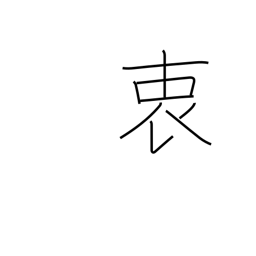
Meaning: inmost